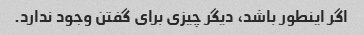
اگر اینطور باشد، دیگر چیزی برای گفتن وجود ندارد.